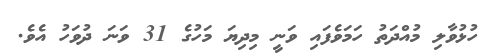
ހުޅުވާލި މުއްދަތު ހަމަވެފައި ވަނީ މިދިޔަ މަހުގެ 31 ވަނަ ދުވަހު އެވެ.